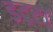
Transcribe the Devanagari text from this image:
डट्टा